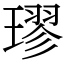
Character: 璆